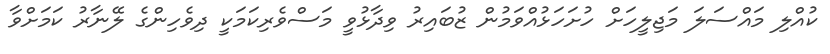
ކުއްލި މައްސަލަ މަޖިލީހަށް ހުށަހަޅުއްވަމުން ޒުބައިރު ވިދާޅުވީ މަސްވެރިކަމަކީ ދިވެހިންގެ ލޭނާރު ކަމަށްވާ